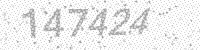
Solution: 147424